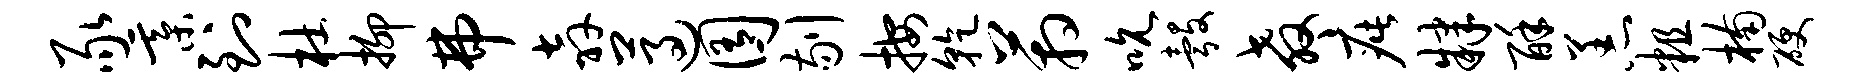
豕綦到杜抑弗奔遵囿剔按干箱吮彀教疵肄酥恙粗楠硬